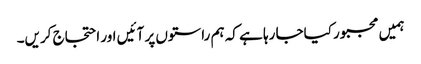
ہمیں مجبور کیاجا رہا ہے کہ ہم راستوں پر آئیں اور احتجاج کریں۔